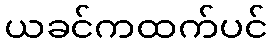
ယခင်ကထက်ပင်